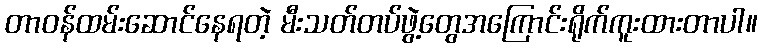
တာဝန်ထမ်းဆောင်နေရတဲ့ မီးသတ်တပ်ဖွဲ့တွေအကြောင်းရိုက်ကူးထားတာပါ။